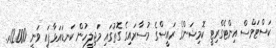
ކަސްޓަމްސް އިންޓެގްރިޓީ ކޮމިޝަންގެ ރައީސްގެ މުސާރައިގެ ގޮތުގައި މަޖިލީހުން ކަނޑައަޅާފައި ވަނީ 12000ރ.